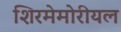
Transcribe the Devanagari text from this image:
शिरमेमोरीयल